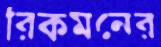
রিকমনের